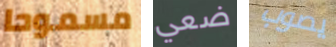
مسموحا ضعي يصوب